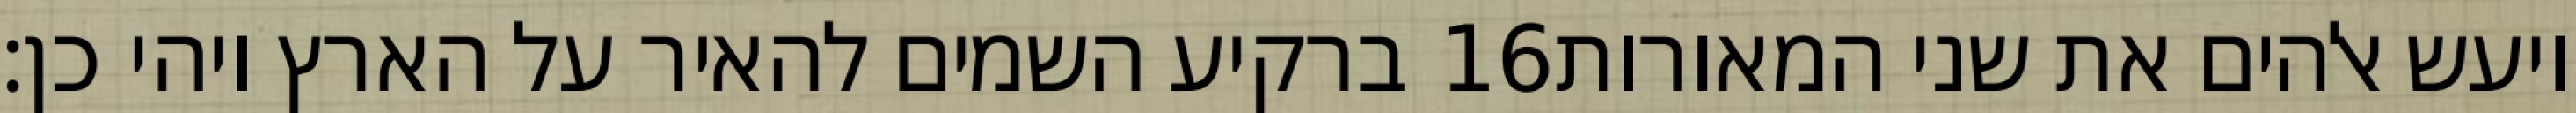
ברקיע השמים להאיר על הארץ ויהי כן׃ ‎16‏ ויעש אלהים את שני המאורות